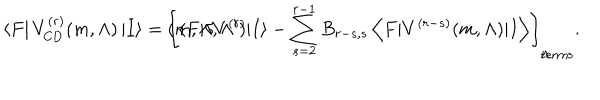
\left< F \right| V _ { \mathrm { C D } } ^ { ( r ) } ( m , \Lambda ) \left| I \right> = \left[ \langle F \vert \delta V ^ { ( r ) } \hspace { - . 0 7 c m } ( m , \Lambda , \Lambda ^ { \prime } ) \vert I \rangle - \sum _ { s = 2 } ^ { r - 1 } B _ { r - s , s } \left< F \vert V ^ { ( r - s ) } ( m , \Lambda ) \vert I \right> \right] _ { \Lambda \hspace { . 1 c m } \mathrm { t e r m s } } .